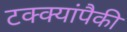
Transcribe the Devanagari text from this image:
टक्क्यांपैकी